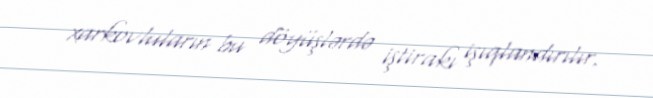
xarkovluların bu döyüşlərdə iştirakı işıqlandırılır.